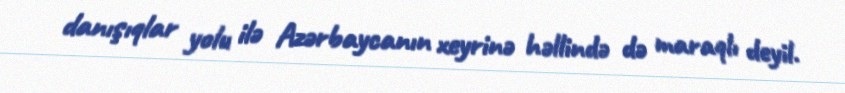
danışıqlar yolu ilə Azərbaycanın xeyrinə həllində də maraqlı deyil.